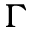
\Gamma